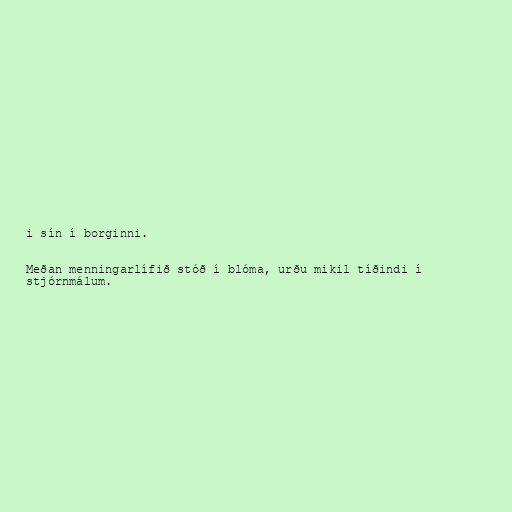
i sín í borginni.

Meðan menningarlífið stóð í blóma, urðu mikil tíðindi í
stjórnmálum.